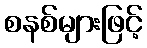
စနစ်များဖြင့်